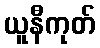
ယူနီကုတ်